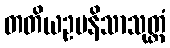
တတိယဥပနိသာသုတ္တံ